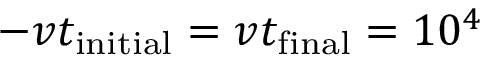
- v t _ { \mathrm { i n i t i a l } } = v t _ { \mathrm { f i n a l } } = 1 0 ^ { 4 }